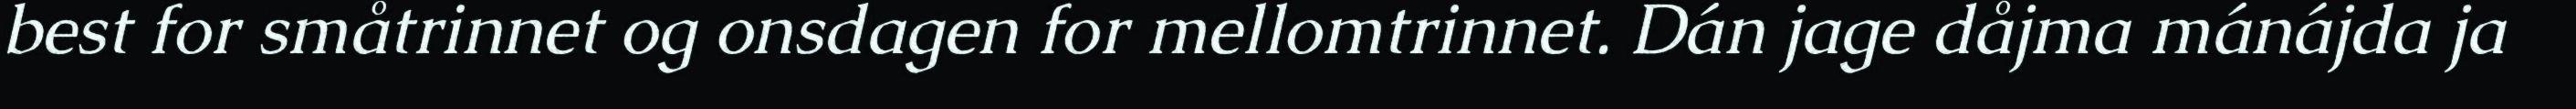
best for småtrinnet og onsdagen for mellomtrinnet. Dán jage dåjma mánájda ja